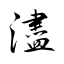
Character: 濜